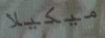
ميكيلا